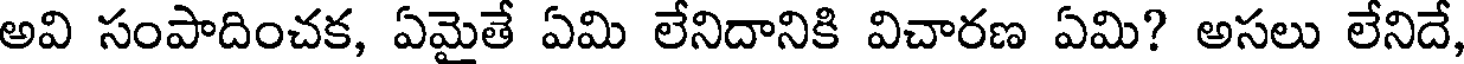
అవి సంపాదించక, ఏమైతే ఏమి లేనిదానికి విచారణ ఏమి? అసలు లేనిదే,